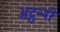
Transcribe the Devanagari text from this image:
अट्ठन्नी